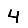
Digit: 4